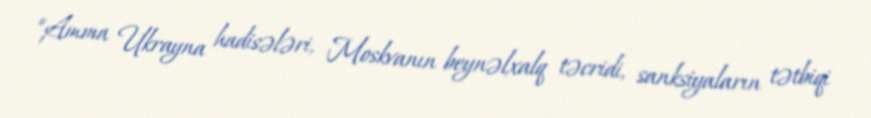
“Amma Ukrayna hadisələri, Moskvanın beynəlxalq təcridi, sanksiyaların tətbiqi